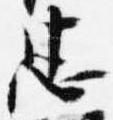
忠